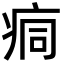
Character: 痌